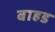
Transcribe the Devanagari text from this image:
बाहड